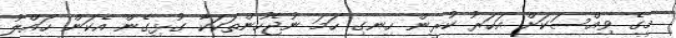
މީގެ ވިއްސަކަށް އަހަރު ކުރީން ހިނގި ހަމަ ނުޖެހުންތަކަކާ ގުޅިގެން އެކަން ހައްލު